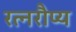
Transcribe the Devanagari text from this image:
रत्नरौप्य